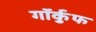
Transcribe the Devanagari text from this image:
गॉर्कुफ